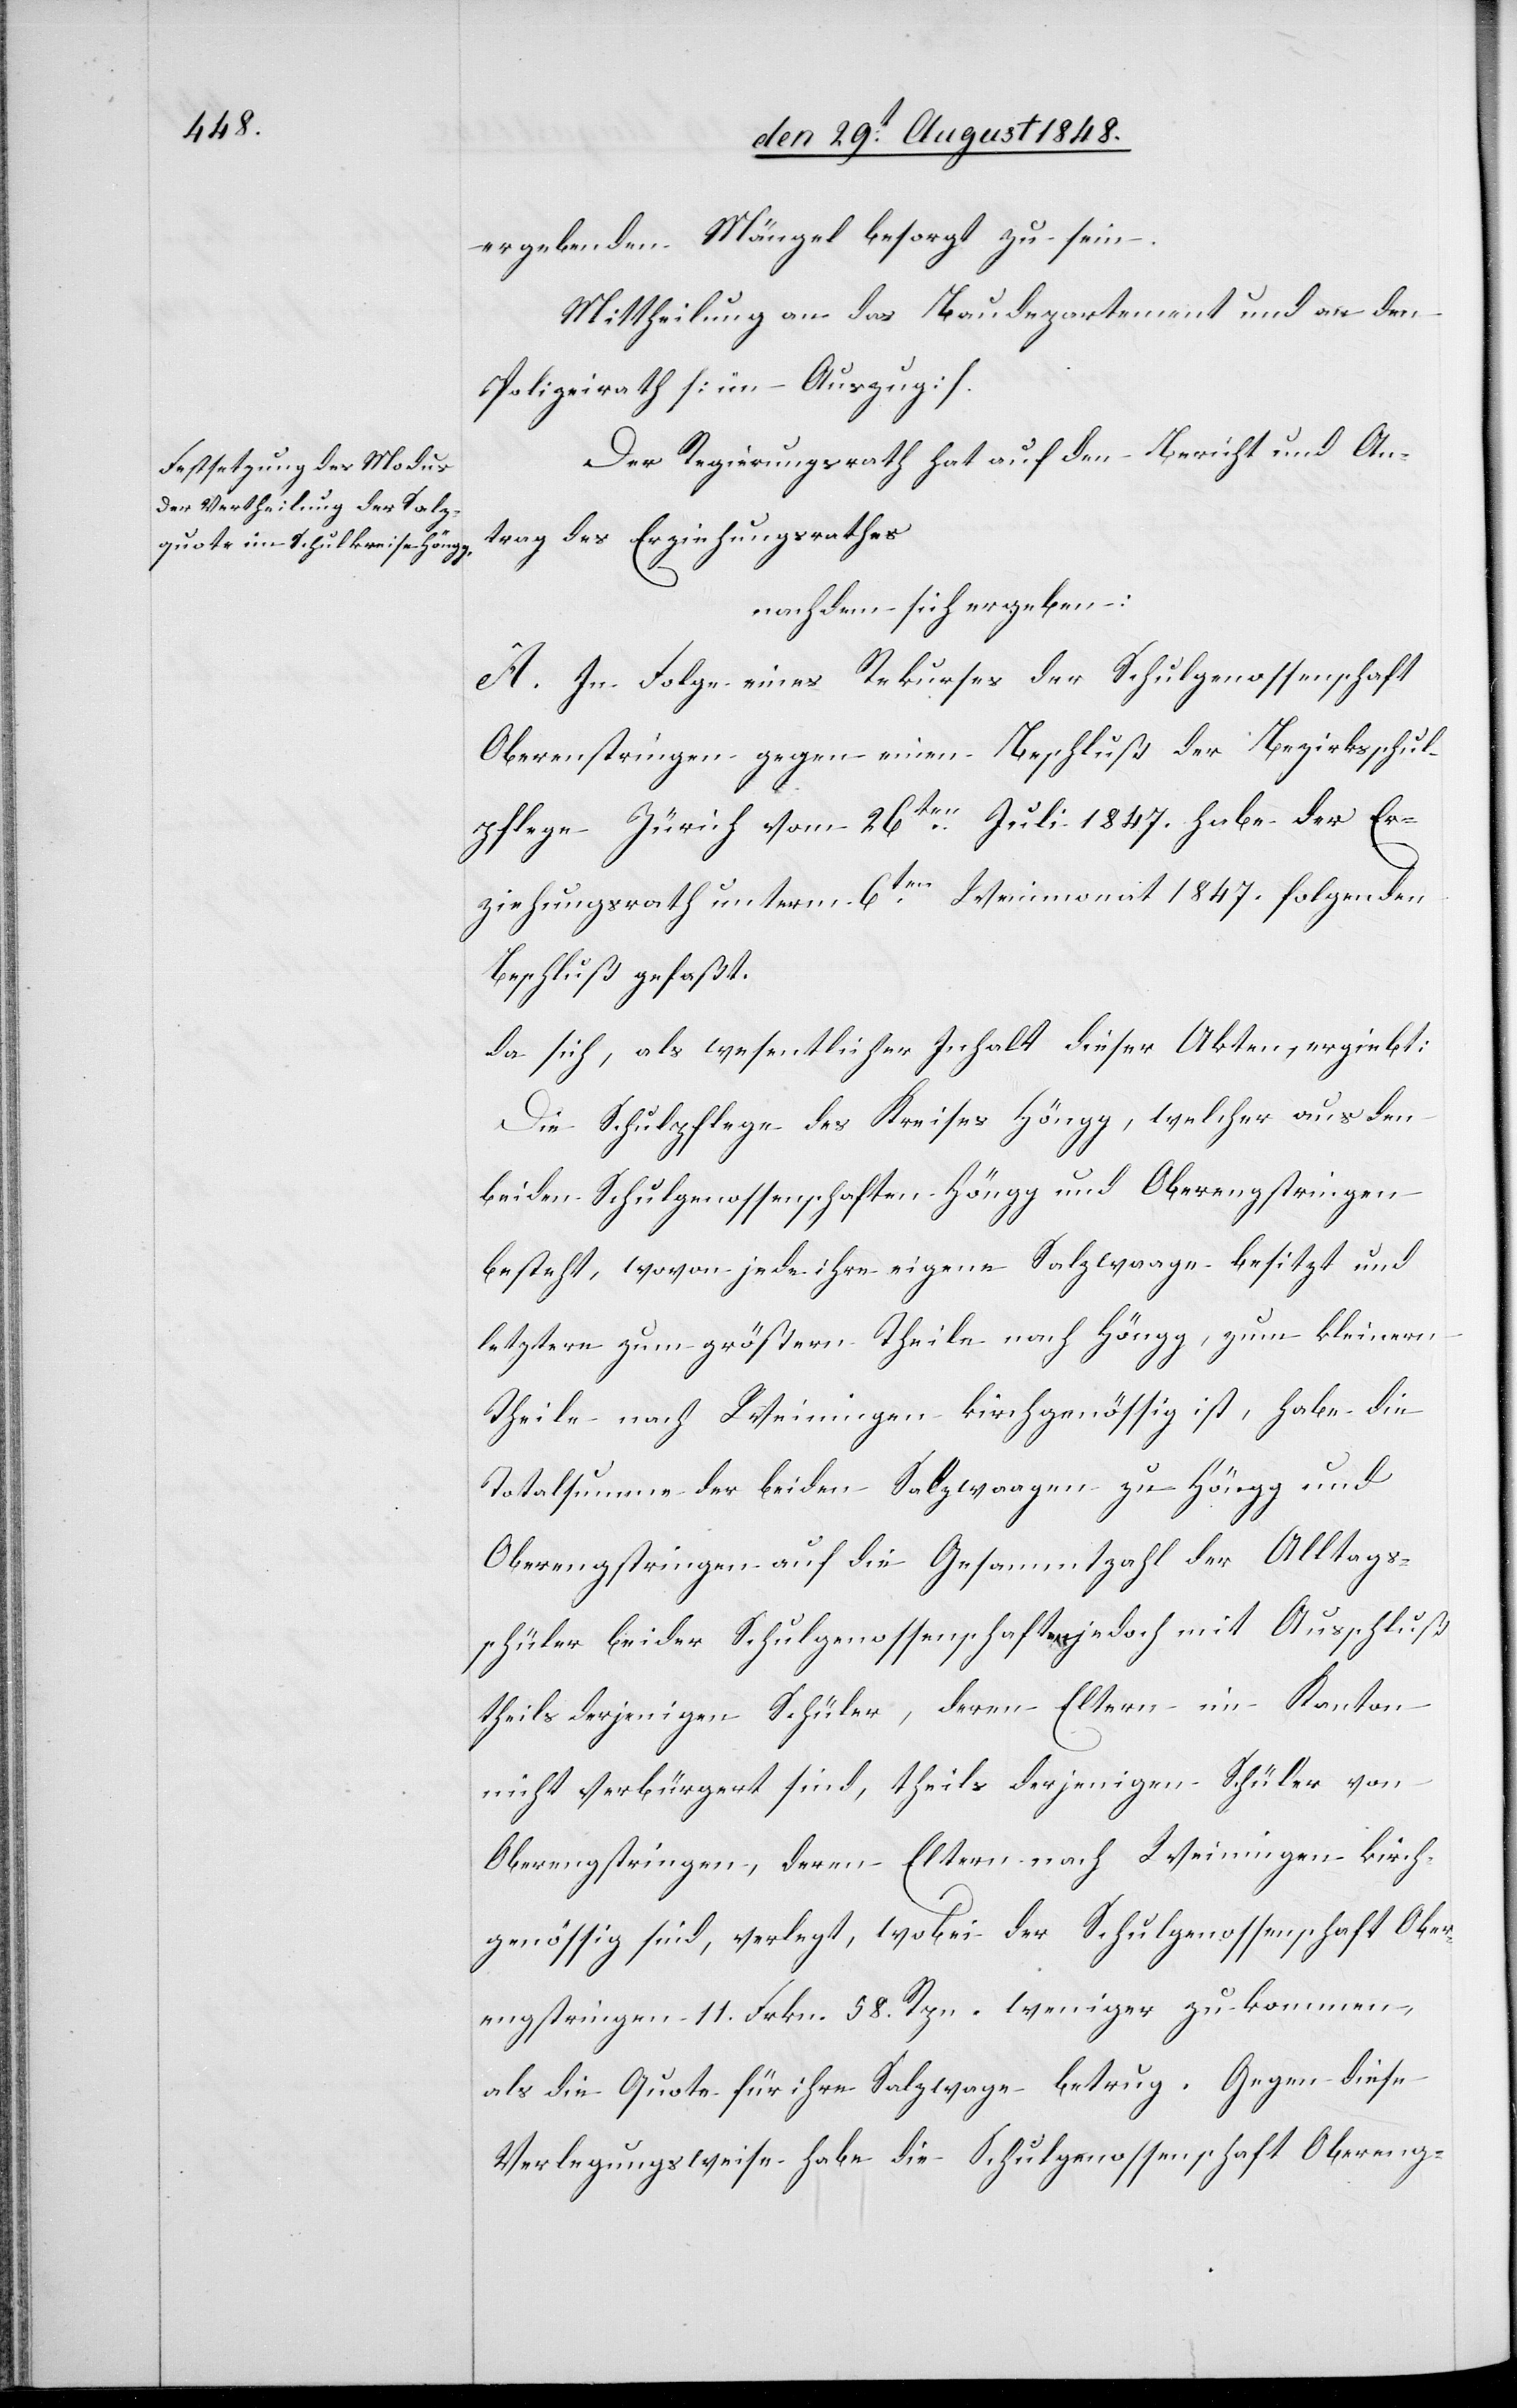
ergebenden Mängel besorgt zu sein.
Mittheilung an das Baudepartement und an den
Polizeirath [im Auszug].
Der Regierungsrath hat auf den Bericht und An¬
trag des Erziehungsrathes
nachdem sich ergeben:
A. in Folge eines Rekurses der Schulgenossenschaft
Oberengstringen gegen einen Beschluß der Bezirksschul¬
pflege Zürich vom 26ten Juli 1847. habe der Er¬
ziehungsrath unterm 6ten Weinmonat 1847. folgenden
Beschluß gefaßt.
da sich, als wesentlicher Inhalt dieser Akten, ergiebt:
Die Schulpflege des Kreises Höngg, welcher [sic!]
beiden Schulgenossenschaften Höngg und Oberengstringen
besteht, wovon jede ihre eigene Salzwaage besitzt und
letztere zum größern Theile nach Höngg, zum kleinern
Theile nach Weiningen kirchgenössig ist, habe die
Totalsumme der beiden Salzwaagen zu Höngg und
Oberengstringen auf die Gesammtzahl der Alltags¬
schüler beider Schulgenossenschaften jedoch mit Ausschluß
theils derjenigen Schüler, deren Eltern im Kanton
nicht verbürgert sind, theils derjenigen Schüler von
Oberengstringen, deren Eltern nach Weiningen kirch¬
genössig sind, verlegt, wobei der Schulgenossenschaft Ober¬
engstringen 11. Frkn. 58. Rpn. weniger zukommen,
als die Quote für ihre Salzwage betrug. Gegen diese
Verlegungsweise habe die Schulgenossenschaft Obereng-